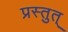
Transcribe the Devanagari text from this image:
प्रस्तुत्